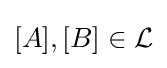
[A],[B]\in {\mathcal {L}}